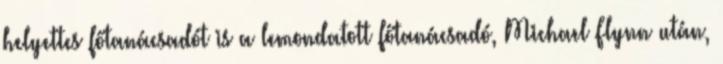
helyettes főtanácsadót is a lemondatott főtanácsadó, Michael Flynn után,